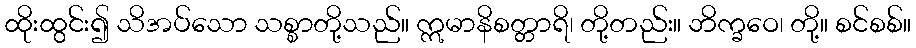
ထိုးထွင်း၍ သိအပ်သော သစ္စာတို့သည်။ ဣမာနိစတ္တာရိ၊ တို့တည်း။ ဘိက္ခဝေ၊ တို့။ စင်စစ်။